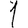
Digit: 1